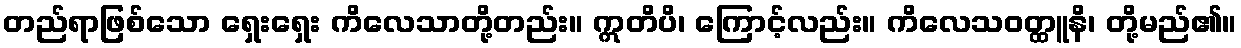
တည်ရာဖြစ်သော ရှေးရှေး ကိလေသာတို့တည်း။ ဣတိပိ၊ ကြောင့်လည်း။ ကိလေသဝတ္ထူနိ၊ တို့မည်၏။